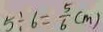
5 \div 6 = \frac { 5 } { 6 } ( m )